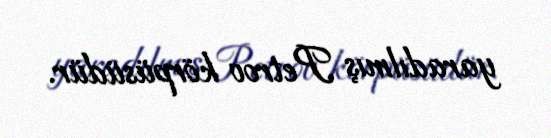
yaradılmış Petrov körpüsüdür.